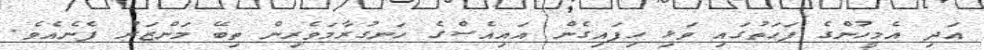
އަދި އެމީހުންގެ ފަހަތުގައި ވަޅި ހިފައިގެން އައިއެސްގެ ހަނގުރާމަވެރިން ތިބޭ މަންޒަރު ފެނެއެވެ.